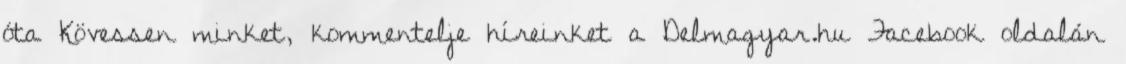
óta Kövessen minket, kommentelje híreinket a Delmagyar.hu Facebook oldalán